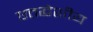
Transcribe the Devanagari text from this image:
एतद्धेशीय